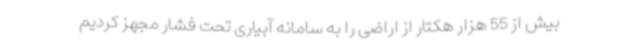
بیش از 55 هزار هکتار از اراضی را به سامانه آبیاری تحت فشار مجهز کردیم